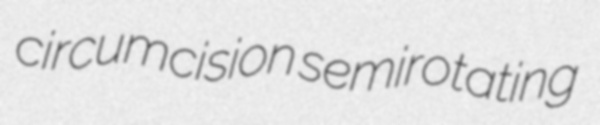
circumcision semirotating